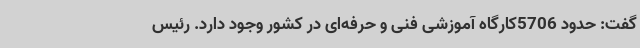
گفت: حدود 5706کارگاه آموزشی فنی و حرفه‌ای در کشور وجود دارد. رئیس